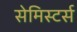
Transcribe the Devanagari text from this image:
सेमिस्टर्स